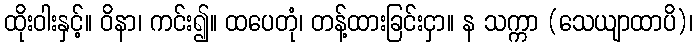
ထိုးဝါးနှင့်။ ဝိနာ၊ ကင်း၍။ ထပေတုံ၊ တန့်ထားခြင်းငှာ။ န သက္ကာ (သေယျာထာပိ)၊